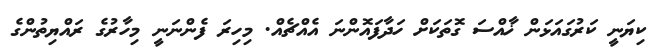
ކިޔަނީ ކަރުގައަޅަން ޚާއްސަ ގޮތަކަށް ހަދާފައޮންނަ އެއްޗެއް. މިހިރަ ފެންނަނީ މިހާރުގެ ރައްޔިތުންގެ